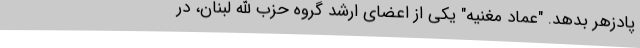
پادزهر بدهد. "عماد مغنیه" یکی از اعضای ارشد گروه حزب الله لبنان، در